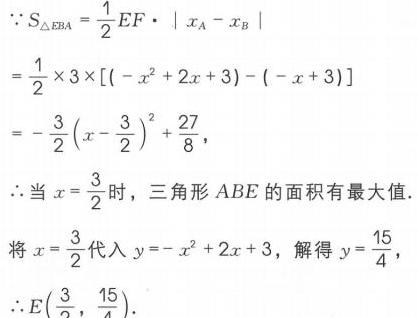
\(\because S_{\triangle EBA}=\frac{1}{2}EF\cdot|x_A - x_B|\)
\(=\frac{1}{2}\times3\times[(-x^{2}+2x + 3)-(-x + 3)]\)
\(=-\frac{3}{2}(x - \frac{3}{2})^{2}+\frac{27}{8},\)
\(\therefore\)当\(x = \frac{3}{2}\)时，三角形\(ABE\)的面积有最大值.
将\(x=\frac{3}{2}\)代入\(y=-x^{2}+2x + 3\)，解得\(y = \frac{15}{4}\)，
\(\therefore E(\frac{3}{2},\frac{15}{4})\).